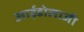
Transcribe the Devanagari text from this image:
आईडोलाजी